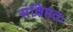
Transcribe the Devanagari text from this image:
संक्षिप्ततः